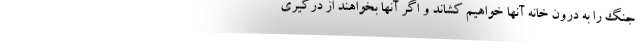
جنگ را به درون خانه آنها خواهیم کشاند و اگر آنها بخواهند از درگیری